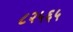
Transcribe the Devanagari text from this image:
८२५६५